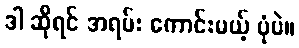
ဒါ ဆိုရင် အရမ်း ကောင်းမယ့် ပုံပဲ။